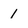
Character: 1